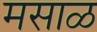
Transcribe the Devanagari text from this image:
मसाळ